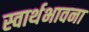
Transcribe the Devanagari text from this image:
स्वार्थभावना